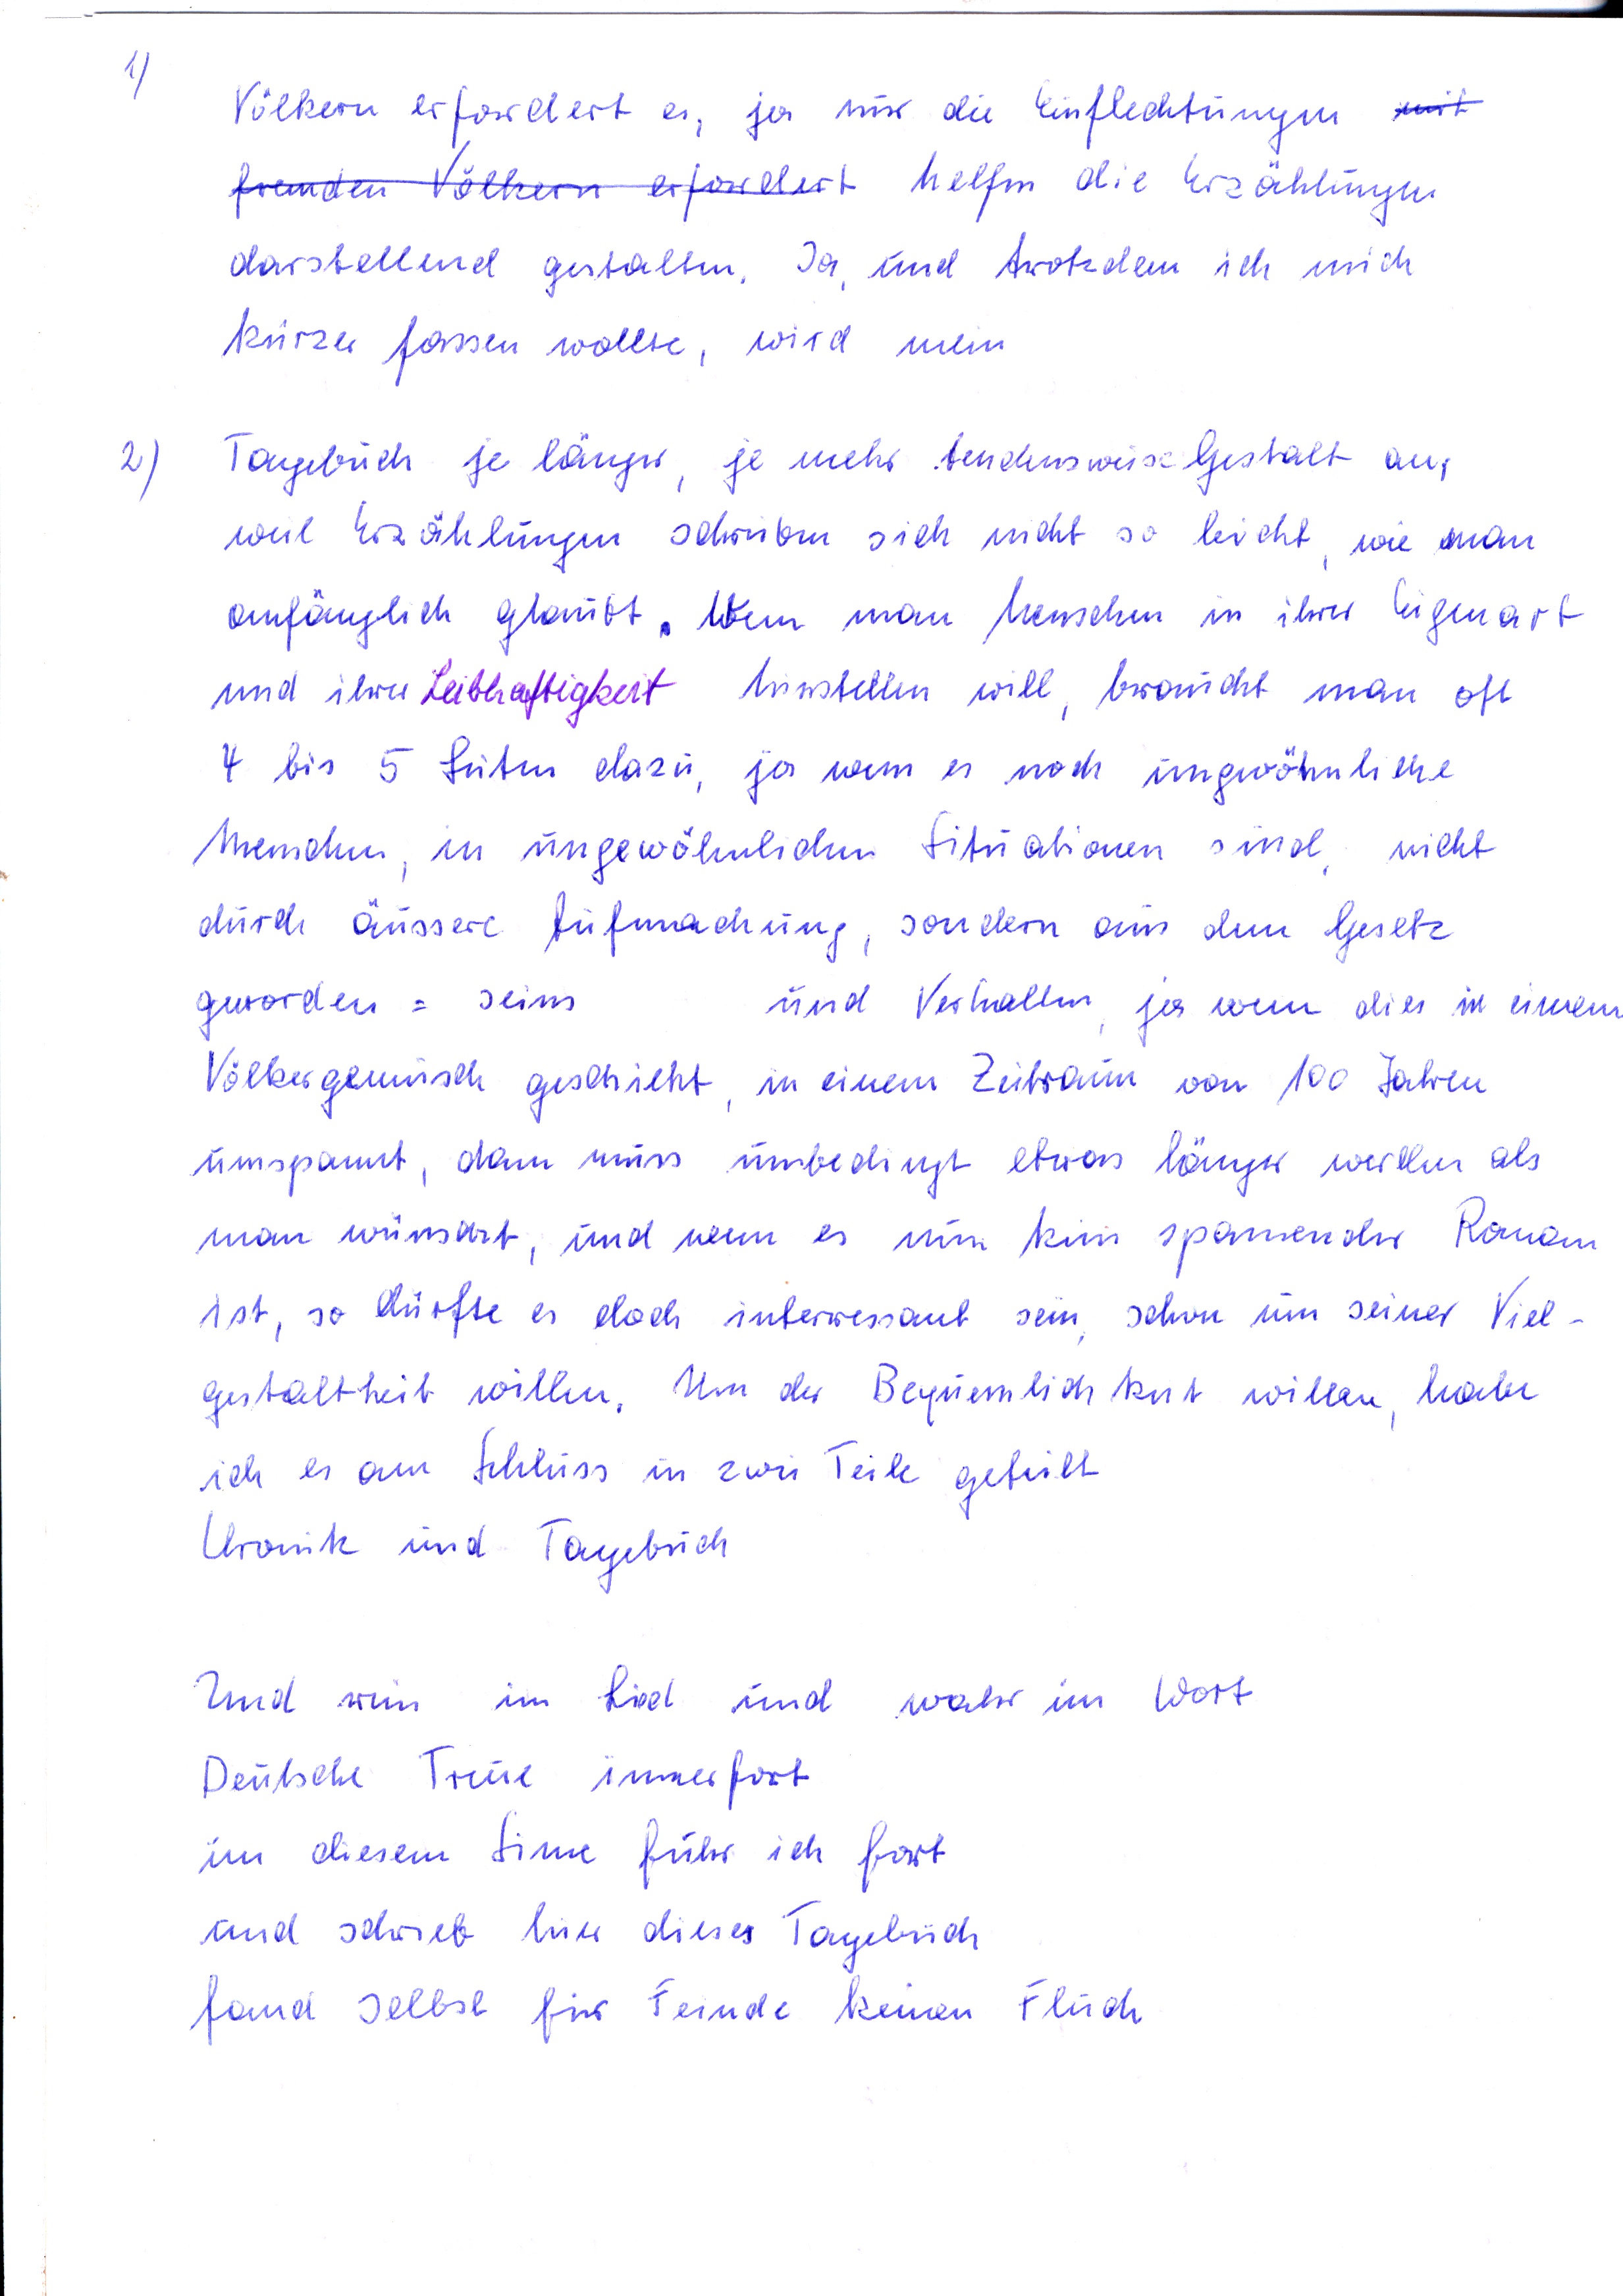
Völkern erfordert es, ja nur die Einflechtungen mit
fremden Völkern erfordert helfen die Erzählungen
darstellend gestalten. Ja, und trotzdem ich mich
kürzer fassen wollte wird mein
Tagebuch je länger, je mehr tendensweise Gestalt an,
weil Erzählungen schreiben sich nicht so leicht, wie man
anfänglich glaubt. Wenn man Menschen in ihrer Eigenart
und ihrer Leibhaftigkeit hinstellen will, braucht man oft
4 bis 5 Seiten dazu, ja wenn es noch ungewöhnliche
Menschen, in ungewöhnlichen Situationen sind, nicht
durch äussere Aufmachung, sondern aus dem Gesetz
geworden = seins
und Verhalten, ja wenn dies in einem
Völkergemisch geschieht, in einem Zeitraum von 100 Jahren
umspannt, dann muss unbedingt etwas länger werden als
man wünscht, und wenn es nun kein spannender Roman
ist, so dürfte es doch interessant sein, schon um seiner Viel-
gestaltheit willen. Um der Bequemlichkeit willen, habe
ich es am Schluss in zwei Teile geteilt.
Chronik und Tagebuch
Und nun im Lied und wahr im Wort
Deutsche Treue immerfort
in diesem Sinne fuhr ich fort
und schrieb hier dieses Tagebuch
fand selbst für Feinde keinen Fluch